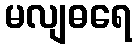
မလျဓရေ